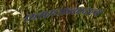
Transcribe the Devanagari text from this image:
पंतप्रधानपदाला